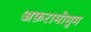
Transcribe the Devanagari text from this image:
अफ़रामोमुम